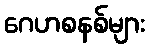
ဂေဟစနစ်များ